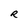
Character: R